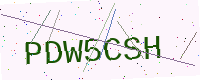
Text: PDW5CSH